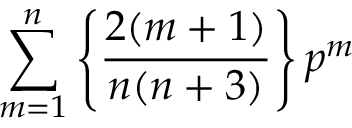
\sum _ { m = 1 } ^ { n } \left\{ \frac { 2 ( m + 1 ) } { n ( n + 3 ) } \right\} p ^ { m }